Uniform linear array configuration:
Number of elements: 8
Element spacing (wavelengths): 1
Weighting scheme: cosine
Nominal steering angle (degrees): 60
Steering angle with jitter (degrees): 61.035
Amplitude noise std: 0.05
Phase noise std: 0.05

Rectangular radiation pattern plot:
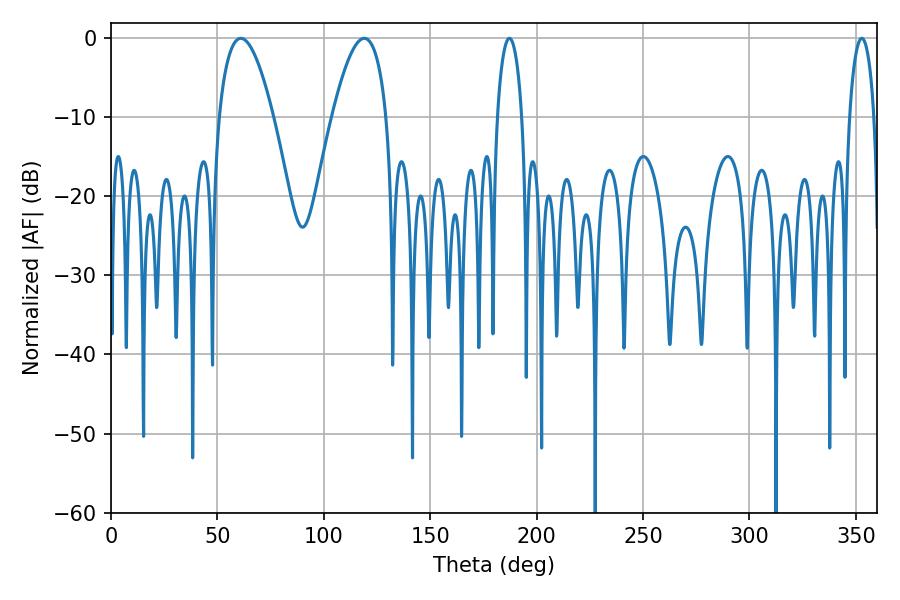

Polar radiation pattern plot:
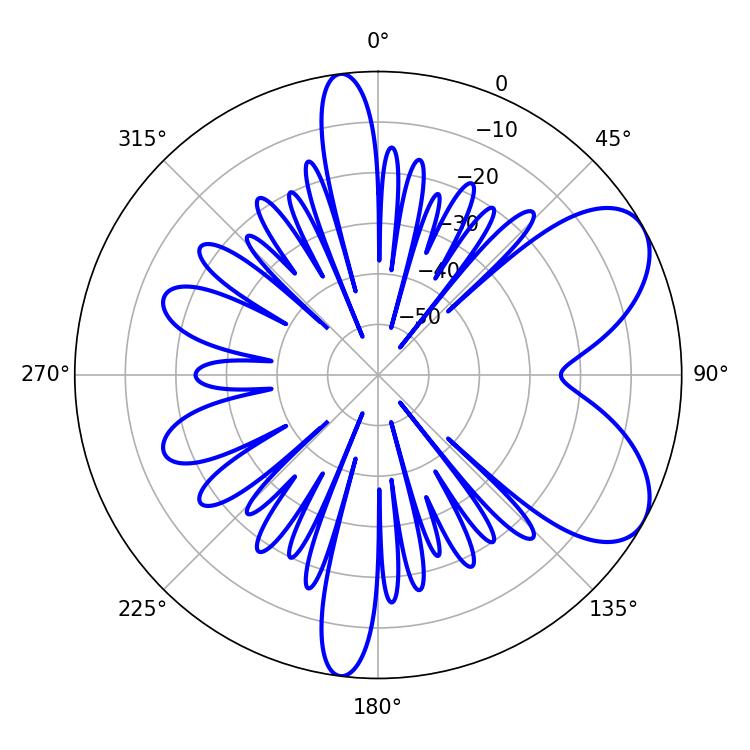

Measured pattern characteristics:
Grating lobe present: TRUE
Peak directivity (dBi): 6.767
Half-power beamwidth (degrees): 6.48
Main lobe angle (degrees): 187.2